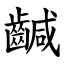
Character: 䶢